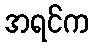
အရင်က